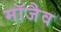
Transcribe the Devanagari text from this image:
माॅजैव